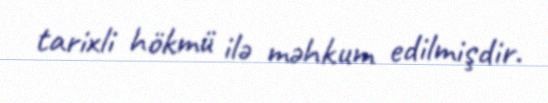
tarixli hökmü ilə məhkum edilmişdir.